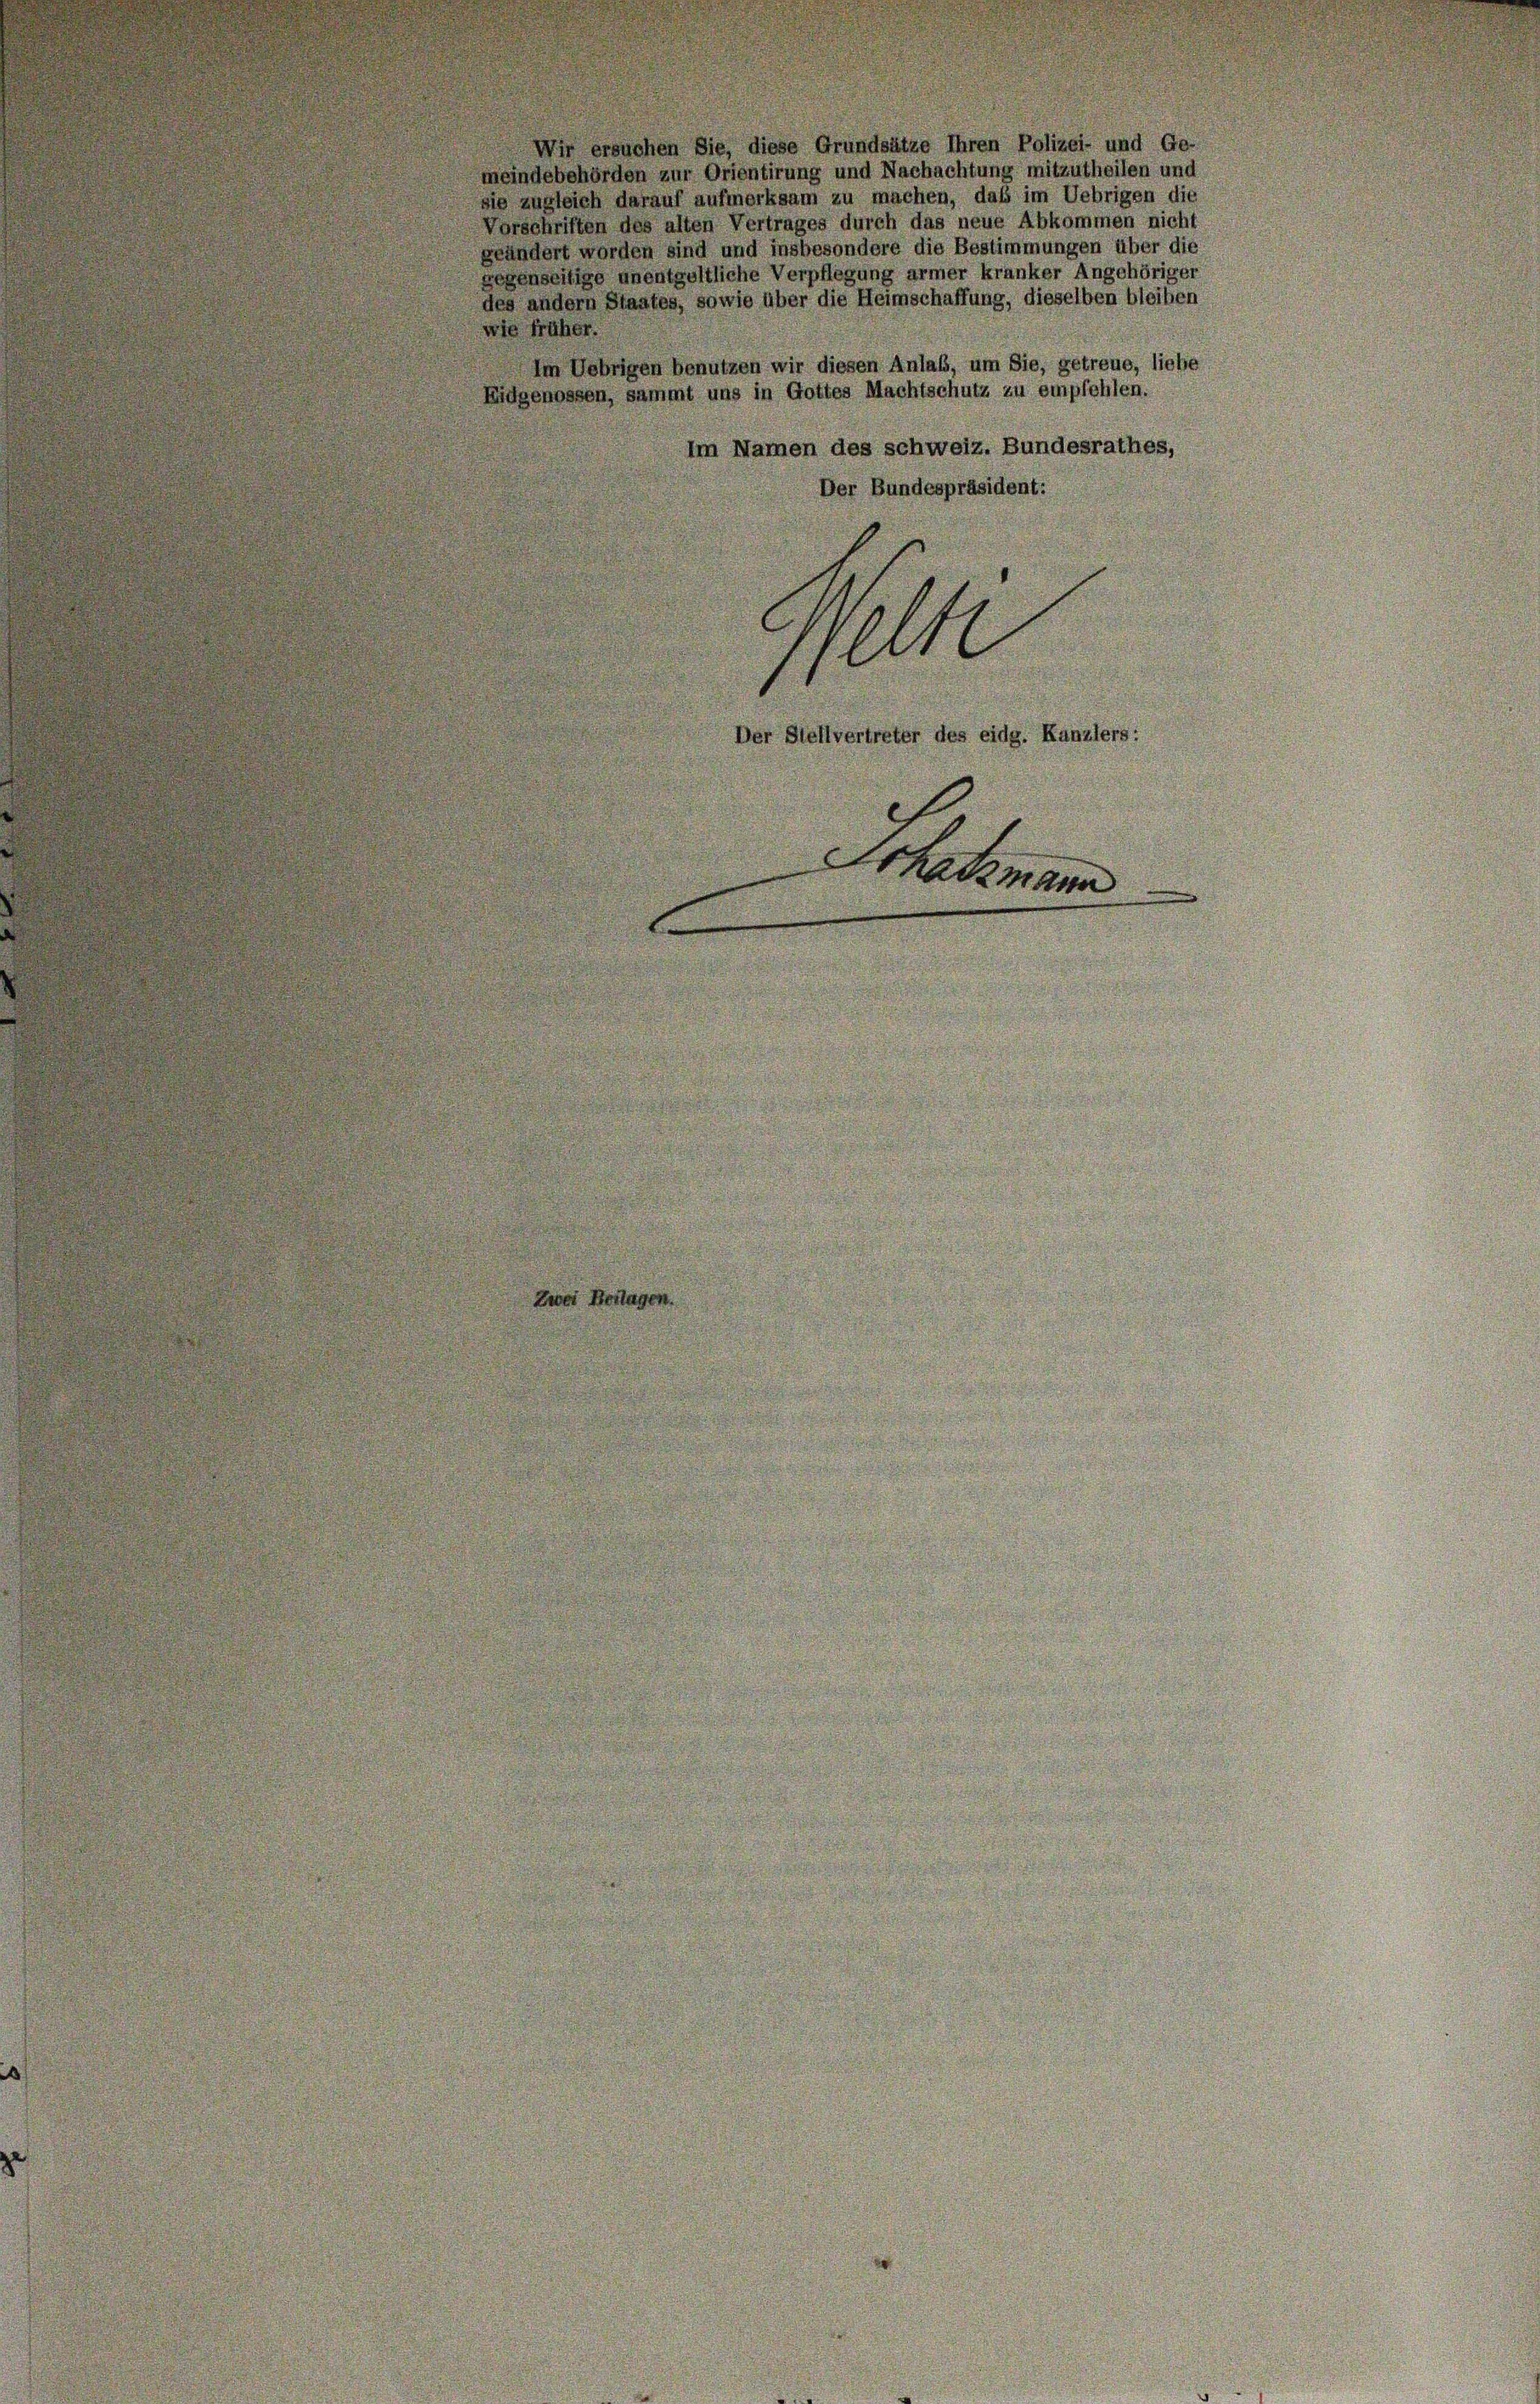
Wir ersuchen Sie, diese Grundsätze Ihren Polizei- und G
meindebehörden zur Orientirung und Nachachtung mitzutheilen und
sie zugleich darauf aufmerksam zu machen, daß im Uebrigen die
Vorschriften des alten Vertrages durch das neue Abkommen nicht
geändert worden sind und insbesondere die Bestimmungen über die
gegenseitige unentgeltliche Verpflegung armer kranker Angehöriger
des andern Staates, sowie über die Heimschaffung, dieselben bleiben
wie früher.
Im Uebrigen benutzen wir diesen Anlaß, um Sie, getreue, liebe
Eidgenossen, sammt uns in Gottes Machtschutz zu empfehlen.
Im Namen des schweiz. Bundesrathes,
Der Bundespräsident:
ert
Der Stellvertreter des eidg. Kanzlers:
Schadenar